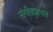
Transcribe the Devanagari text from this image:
संगीतप्रहसन